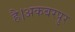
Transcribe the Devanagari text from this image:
है।अकबरपुर